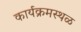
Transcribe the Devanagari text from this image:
कार्यक्रमस्थळ